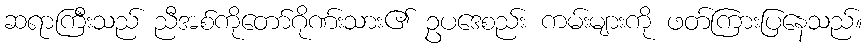
ဆရာကြီးသည် ညီအစ်ကိုတော်ဂိုဏ်းသား၏ ဥပဒေစည်း ကမ်းများကို ဖတ်ကြားပြနေသည်။